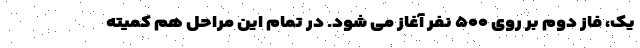
یک، فاز دوم بر روی ۵۰۰ نفر آغاز می شود. در تمام این مراحل هم کمیته